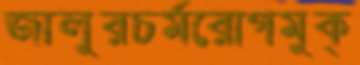
জালুরচর্মরোগমুক্